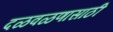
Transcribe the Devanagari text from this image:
दळवळणासाठी